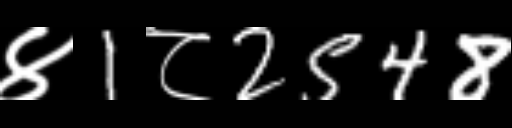
Text: ४1८2548